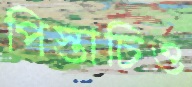
পিস্তাচিও